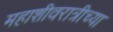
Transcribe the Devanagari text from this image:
महाशीवरात्रीच्या